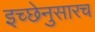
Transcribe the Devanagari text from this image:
इच्छेनुसारच